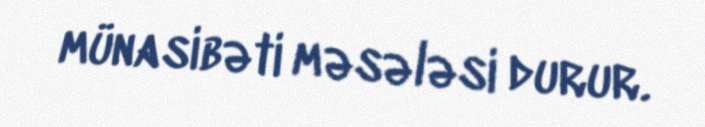
münasibəti məsələsi durur.